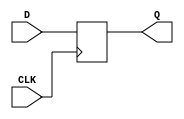
module DFF (D, CLK, Q);

	input wire CLK;

	(* SETUP="CLK 10e-12" *)
	(* HOLD="CLK 10e-12" *)
	input wire D;

	(* CLK_TO_Q="CLK 10e-12" *)
	output reg Q;

	always @ ( posedge CLK ) begin
		Q <= D;
	end

`ifndef YOSYS
	specify
		specparam
			tplh$CLK$QP = 1.0,
			tphl$CLK$QP = 1.0,
			tplh$CLK$QN = 1.0,
			tphl$CLK$QN = 1.0,
			tsetup$D$CLK = 1.0,
			thold$D$CLK = 1.0,
			tminpwl$CLK = 1.0,
			tminpwh$CLK = 1.0;

		// PATH DELAYS
		if (flag)
			// Polarity of QP is positive referenced to D
			(posedge CLK *> (QP +: D)) = (tplh$CLK$QP, tphl$CLK$QP);
		if (flag)
			// Polarity of QN is negative referenced to D
			(posedge CLK *> (QN -: D)) = (tplh$CLK$QN, tphl$CLK$QN);

		// SETUP AND HOLD CHECKS
		$setuphold(posedge CLK &&& (flag == 1), posedge D, tsetup$D$CLK, thold$D$CLK, NOTIFIER);

		$setuphold(posedge CLK &&& (flag == 1), negedge D, tsetup$D$CLK, thold$D$CLK, NOTIFIER);

		// MINIMUM WIDTH CHECKING
		$width(negedge CLK, tminpwl$CLK, 0, NOTIFIER);
		$width(posedge CLK, tminpwh$CLK, 0, NOTIFIER);

	endspecify
`endif

endmodule